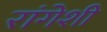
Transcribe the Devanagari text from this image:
रांगेशी